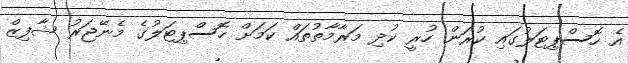
އެ ހޮސްޕިޓަލުގައި ކުރަން ހުރީ ކުދި މަރާމާތުތައް ކަމަށް ހޮސްޕިޓަލުގެ މެނޭޖަރު ޝާފިޒް